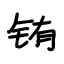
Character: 铕